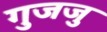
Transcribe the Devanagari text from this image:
गुजजु